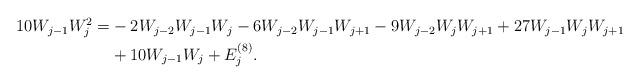
LaTeX: \begin{align*}\begin{aligned}10 W_{ j - 1 } W_j^2 = & - 2 W_{ j - 2 } W_{ j - 1 } W_j - 6 W_{ j - 2 } W_{ j - 1 } W_{ j + 1 } - 9 W_{ j - 2 } W_{ j } W_{ j + 1 } + 27 W_{ j - 1 } W_j W_{ j + 1 } \\& + 10 W_{ j - 1 } W_{ j } + E_j^{(8)} . \end{aligned}\end{align*}